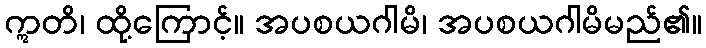
ဣတိ၊ ထို့ကြောင့်။ အပစယဂါမိ၊ အပစယဂါမိမည်၏။